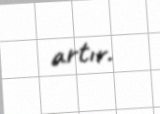
artır.